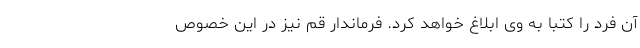
آن فرد را کتبا به وی ابلاغ خواهد کرد. فرماندار قم نیز در این خصوص